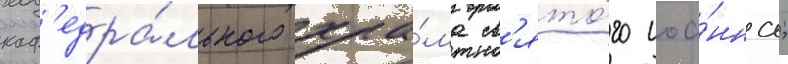
каф'едра́льного хра́ма св'ято́го иоа́нна;